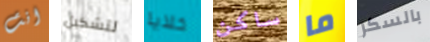
انت لتشكيل خلايا ساكن ما بالسكر